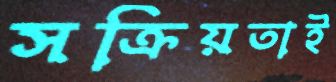
সক্রিয়তাই